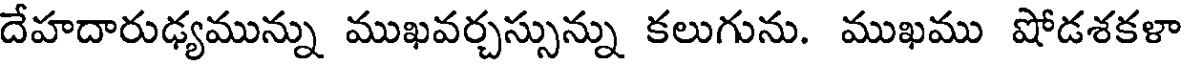
దేహదారుఢ్యమున్ను ముఖవర్చస్సున్ను కలుగును. ముఖము షోడశకళా